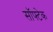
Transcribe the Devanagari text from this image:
सॉफ्टेक